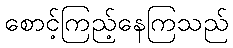
စောင့်ကြည့်နေကြသည်